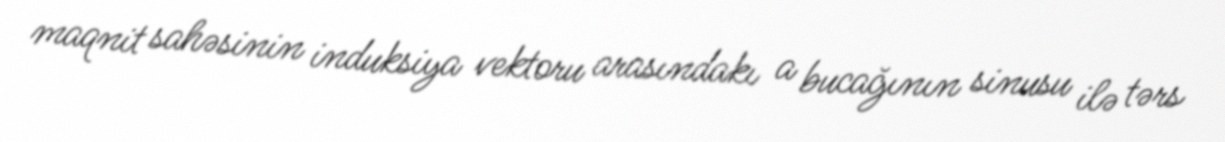
maqnit sahəsinin induksiya vektoru arasındakı a bucağının sinusu ilə tərs